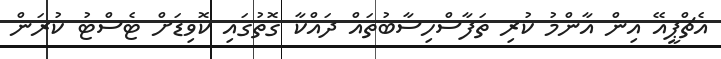
އެޗްޕީއޭ އިން އާންމު ކުރި ތަފާސްހިސާބުތައް ދައްކާ ގޮތުގައި ކޮވިޑަށް ޓެސްޓު ކުރަން